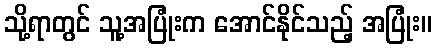
သို့ရာတွင် သူ့အပြုံးက အောင်နိုင်သည့် အပြုံး။